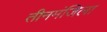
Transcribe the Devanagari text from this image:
तीनमंजिला